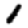
Digit: 1